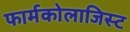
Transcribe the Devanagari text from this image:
फार्मकोलाजिस्ट